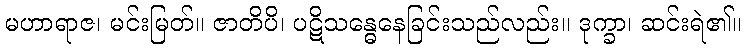
မဟာရာဇ၊ မင်းမြတ်။ ဇာတိပိ၊ ပဋိသန္ဓေနေခြင်းသည်လည်း။ ဒုက္ခာ၊ ဆင်းရဲ၏။